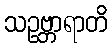
သဥဗ္ဘာရာတိ